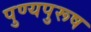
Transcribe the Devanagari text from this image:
पुण्यपुरूष